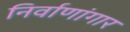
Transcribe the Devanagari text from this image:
निर्वाणांगार